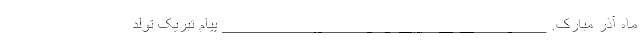
ماه آذر مبارک. ____________________________________ پیام تبریک تولد